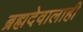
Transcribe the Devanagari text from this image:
ब्रह्मदेवालाही